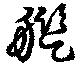
艦